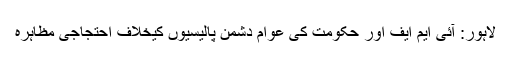
لاہور: آئی ایم ایف اور حکومت کی عوام دشمن پالیسیوں کیخلاف احتجاجی مظاہرہ